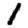
Digit: 1